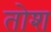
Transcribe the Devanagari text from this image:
तोश